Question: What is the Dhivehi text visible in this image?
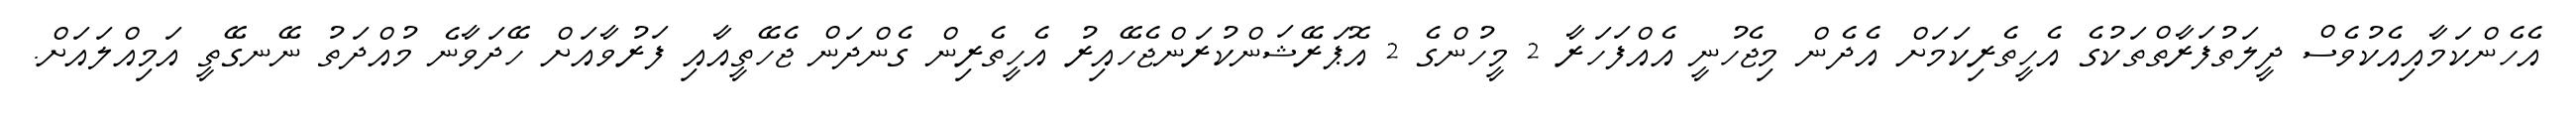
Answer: އެހެންކަމާއިއެކުވެސް ދީލަތުފަރާތްތަކުގެ އެހީތެރިކަމަށް އެދެން މިޖެހުނީ އެއްފަހަރާ 2 މީހުންގެ 2 އޮޕަރޭޝަންކުރަންޖެހޭއިރު އެހީތެރިން ގެންދަން ޖެހޭތީއާއި ފަރުވާއަށް ހޭދަވާނެ މުއްދަތު ނޭނގޭތީ އަމިއްލައަށް.